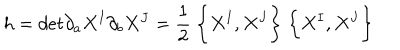
LaTeX: h = d e t \partial _ { a } X ^ { I } \partial _ { b } X ^ { J } = \frac { 1 } { 2 } ~ \biggl \{ X ^ { I } , X ^ { J } \biggr \} ~ \biggl \{ X ^ { I } , X ^ { J } \biggr \}